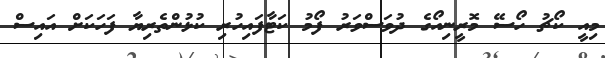
މިއީ ކޯޗު ހޯސޭ މޮރީނިއޯގެ ދުވަސްވަރު ފޯމު ކަޓާފައިހުރި ކުޅުންތެރިޔާ ފަހަކަށް އައިސް